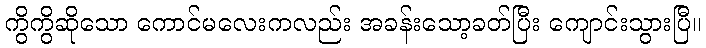
ကွိကွိဆိုသော ကောင်မလေးကလည်း အခန်းသော့ခတ်ပြီး ကျောင်းသွားပြီ။